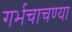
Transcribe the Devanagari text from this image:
गर्भचाचण्या